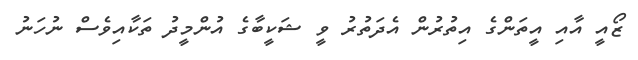
ޒޯއީ އާއި އީތަންގެ އިތުރުން އެދަތުރު ވީ ޝަކީބާގެ އުންމީދު ތަކާއިވެސް ނުހަނު